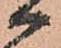
候